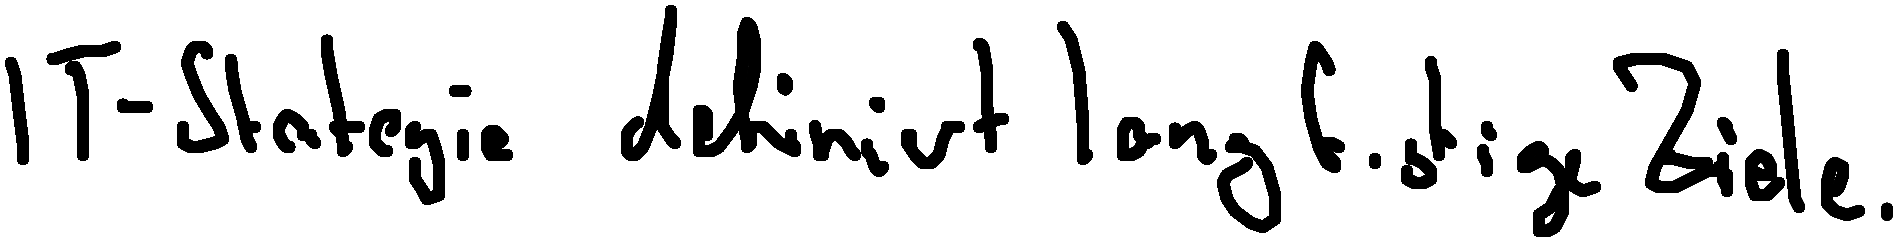
IT-Strategie definiert langfristige Ziele.